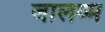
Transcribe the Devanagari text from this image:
जालव्म